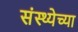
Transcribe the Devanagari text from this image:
संस्थ्येच्या